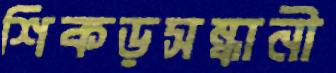
শিকড়সন্ধানী